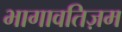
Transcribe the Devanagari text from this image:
भागावतिज़म